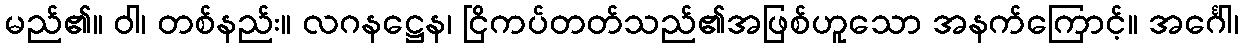
မည်၏။ ဝါ၊ တစ်နည်း။ လဂနဋ္ဌေန၊ ငြိကပ်တတ်သည်၏အဖြစ်ဟူသော အနက်ကြောင့်။ အင်္ဂေါ၊